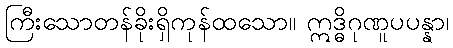
ကြီးသောတန်ခိုးရှိကုန်ထသော။ ဣဒ္ဓိဂုဏူပပန္နာ၊